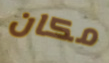
مكان